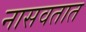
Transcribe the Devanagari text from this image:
नासवतात